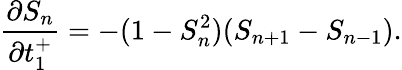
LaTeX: \frac{\partial S_{n}}{\partial t_{1}^{+}}=-(1-S_{n}^{2})(S_{n+1}-S_{n-1}).